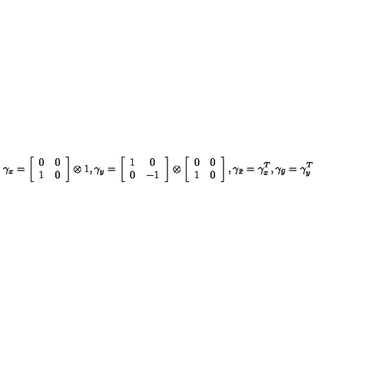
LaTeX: \gamma _ { x } = \left[ \begin{array} { c c } { 0 } & { 0 } \\ { 1 } & { 0 } \\ \end{array} \right] \otimes 1 , \gamma _ { y } = \left[ \begin{array} { c c } { 1 } & { 0 } \\ { 0 } & { - 1 } \\ \end{array} \right] \otimes \left[ \begin{array} { c c } { 0 } & { 0 } \\ { 1 } & { 0 } \\ \end{array} \right] , \gamma _ { \bar { x } } = \gamma _ { x } ^ { T } , \gamma _ { \bar { y } } = \gamma _ { y } ^ { T }